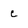
Character: c